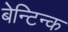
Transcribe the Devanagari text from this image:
बेन्टिन्क